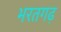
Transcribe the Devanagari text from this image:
भरतगढ़